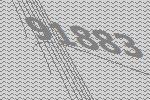
91883